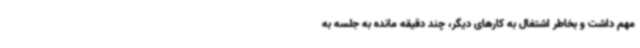
مهم داشت و بخاطر اشتغال به کارهای دیگر، چند دقیقه مانده به جلسه به